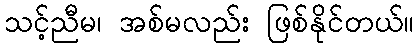
သင့်ညီမ၊ အစ်မလည်း ဖြစ်နိုင်တယ်။